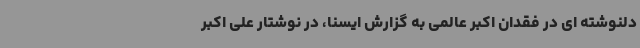
دلنوشته ای در فقدان اکبر عالمی به گزارش ایسنا، در نوشتار علی اکبر